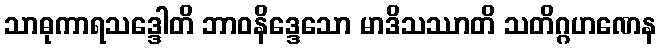
သာဓုကာရသဒ္ဒေါတိ ဘာဝနိဒ္ဒေသော မာဒိသဿာတိ သတိဂ္ဂဟဏေန